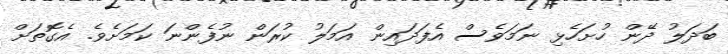
ބަދަލު ދޭން ހުށަހެޅި ނަމަވެސް އެފަދައިން އަމަލު ކުރަން ނުފެންނަ ކަމަށެވެ. އެގޮތަށް